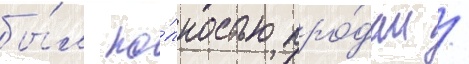
бы́л по́лностью про́дан /